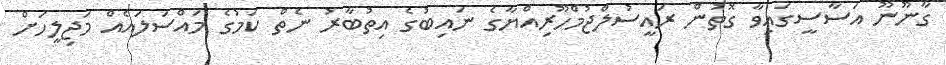
ގާނޫނޫ އަސާސީގައިވާ ގޮތުން ރައީސުލްޖުމްހޫރިއްޔާގެ ނައިބުގެ އިތުބާރު ނެތް ކަމުގެ މައްސަލައެއް މަޖިލީހަށް